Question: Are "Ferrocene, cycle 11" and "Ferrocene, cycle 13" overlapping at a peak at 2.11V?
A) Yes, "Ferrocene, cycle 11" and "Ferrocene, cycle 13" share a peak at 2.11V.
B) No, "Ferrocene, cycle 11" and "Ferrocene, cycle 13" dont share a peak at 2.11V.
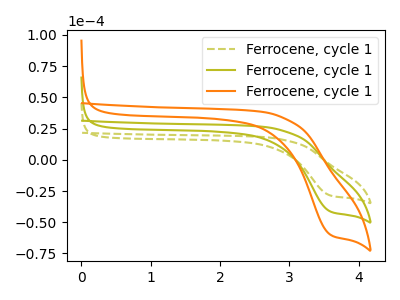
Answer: <think>The olive dashed curve "Ferrocene, cycle 11" has a cathodic peak at: (3.60V, -28.50uA). The olive curve "Ferrocene, cycle 12" has a cathodic peak at: (3.60V, -41.25uA). The orange curve "Ferrocene, cycle 13" has a cathodic peak at: (3.60V, -82.50uA).</think>
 <answer>B) No, "Ferrocene, cycle 11" and "Ferrocene, cycle 13" dont share a peak at 2.11V.</answer>
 <eval>B</eval>